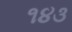
૧૪૩